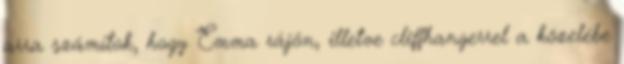
arra számítok, hogy Emma rájön, illetve cliffhangerrel a közelébe